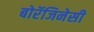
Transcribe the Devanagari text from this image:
बोरॅजिनेसी